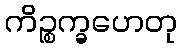
ကိဉ္စက္ခဟေတု